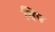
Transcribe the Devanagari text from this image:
विप